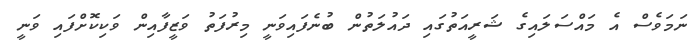
ނަމަވެސް އެ މައްސަލައިގެ ޝަރީއަތުގައި ދައުލަތުން ބުނެފައިވަނީ މިރުފަތު ވަޒީފާއިން ވަކިކޮށްފައި ވަނީ